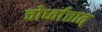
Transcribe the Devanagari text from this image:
चोर्ध्वात्तात्